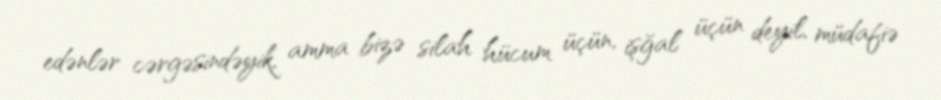
edənlər cərgəsindəyik, amma bizə silah hücum üçün, işğal üçün deyil, müdafiə